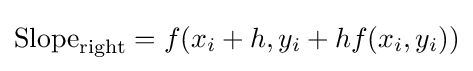
{\text{Slope}}_{\text{right}}=f(x_{i}+h,y_{i}+hf(x_{i},y_{i}))